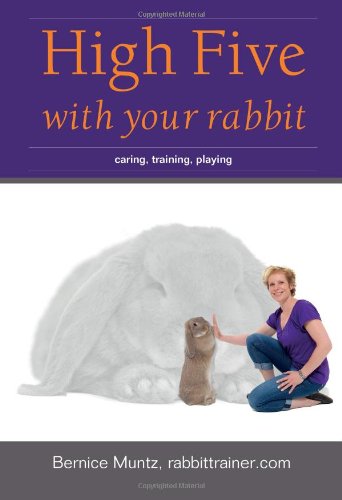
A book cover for High Five with your rabbit: caring, training, playing; Bernice Muntz; Crafts, Hobbies & Home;